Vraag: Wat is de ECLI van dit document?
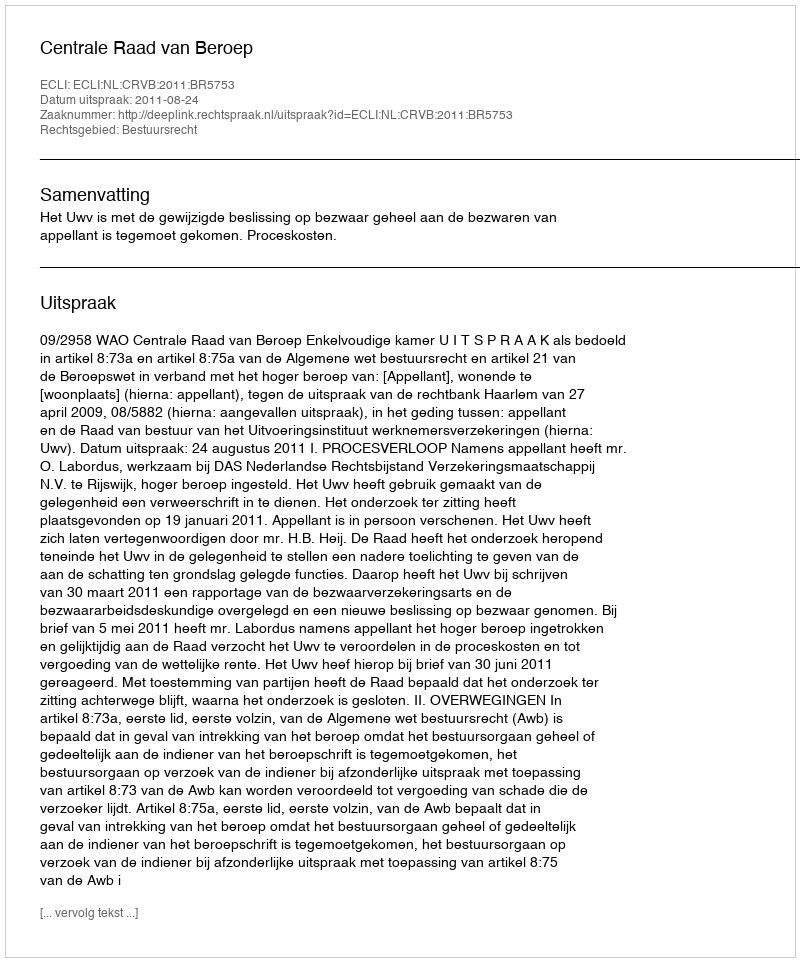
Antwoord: ECLI:NL:CRVB:2011:BR5753